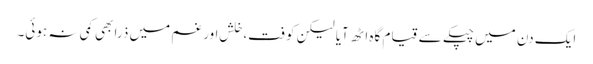
ایک دن میں چپکے سے قیام گاہ اٹھ آیا لیکن کوفت،خلش اور غم میں ذرا بھی کمی نہ ہوئی۔